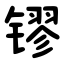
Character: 镠